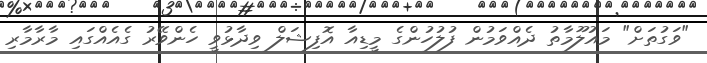
"ވަގުތަށް" މައުލޫމާތު ދެއްވަމުން ފުލުހުންގެ މީޑިއާ އޮފިޝަލް ވިދާޅުވީ ހެންވޭރު ގެއެއްގައި މާރާމާރި